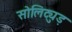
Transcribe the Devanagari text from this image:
सोलिट्युड़